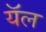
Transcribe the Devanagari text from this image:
यॅल